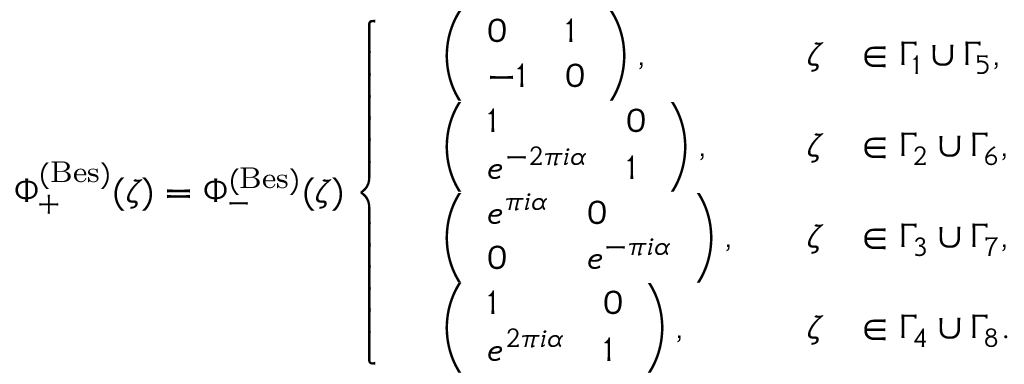
\Phi _ { + } ^ { ( \mathrm { B e s } ) } ( \zeta ) = \Phi _ { - } ^ { ( \mathrm { B e s } ) } ( \zeta ) \left\{ \begin{array} { r l r l } & { \left( \begin{array} { l l } { 0 } & { 1 } \\ { - 1 } & { 0 } \end{array} \right) , \quad } & { \zeta } & { \in \Gamma _ { 1 } \cup \Gamma _ { 5 } , } \\ & { \left( \begin{array} { l l } { 1 } & { 0 } \\ { e ^ { - 2 \pi i \alpha } } & { 1 } \end{array} \right) , \quad } & { \zeta } & { \in \Gamma _ { 2 } \cup \Gamma _ { 6 } , } \\ & { \left( \begin{array} { l l } { e ^ { \pi i \alpha } } & { 0 } \\ { 0 } & { e ^ { - \pi i \alpha } } \end{array} \right) , \quad } & { \zeta } & { \in \Gamma _ { 3 } \cup \Gamma _ { 7 } , } \\ & { \left( \begin{array} { l l } { 1 } & { 0 } \\ { e ^ { 2 \pi i \alpha } } & { 1 } \end{array} \right) , \quad } & { \zeta } & { \in \Gamma _ { 4 } \cup \Gamma _ { 8 } . } \end{array} \right.